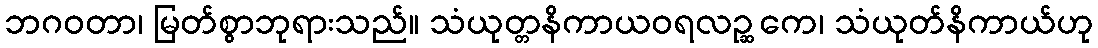
ဘဂဝတာ၊ မြတ်စွာဘုရားသည်။ သံယုတ္တနိကာယဝရလဉ္ဆကေ၊ သံယုတ်နိကာယ်ဟု